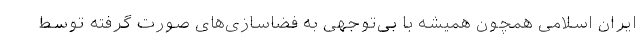
ایران اسلامی همچون همیشه با بی‌توجهی به فضاسازی‌های صورت گرفته توسط